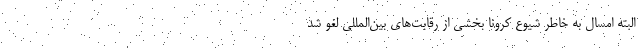
البته امسال به خاطر شیوع کرونا بخشی از رقابت‌های بین‌المللی لغو شد